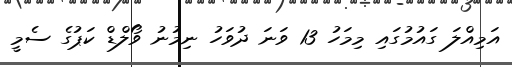
އަމިއްލަ ގައުމުގައި މިމަހު 13 ވަނަ ދުވަހު ނިމުނު ވޯލްޑް ކަޕުގެ ސެމީ